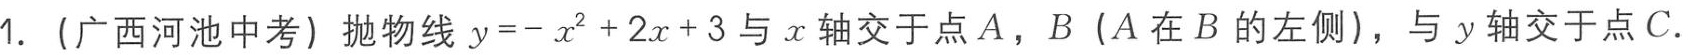
1. (广西河池中考) 抛物线\(y = -x^{2}+2x + 3\)与\(x\)轴交于点\(A\)，\(B\) (\(A\)在\(B\)的左侧)，与\(y\)轴交于点\(C\).